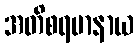
အတိစရမာနာယ